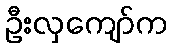
ဦးလှကျော်က